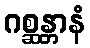
ဂစ္ဆန္တာနံ